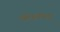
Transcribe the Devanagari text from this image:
पॅपिलोमा